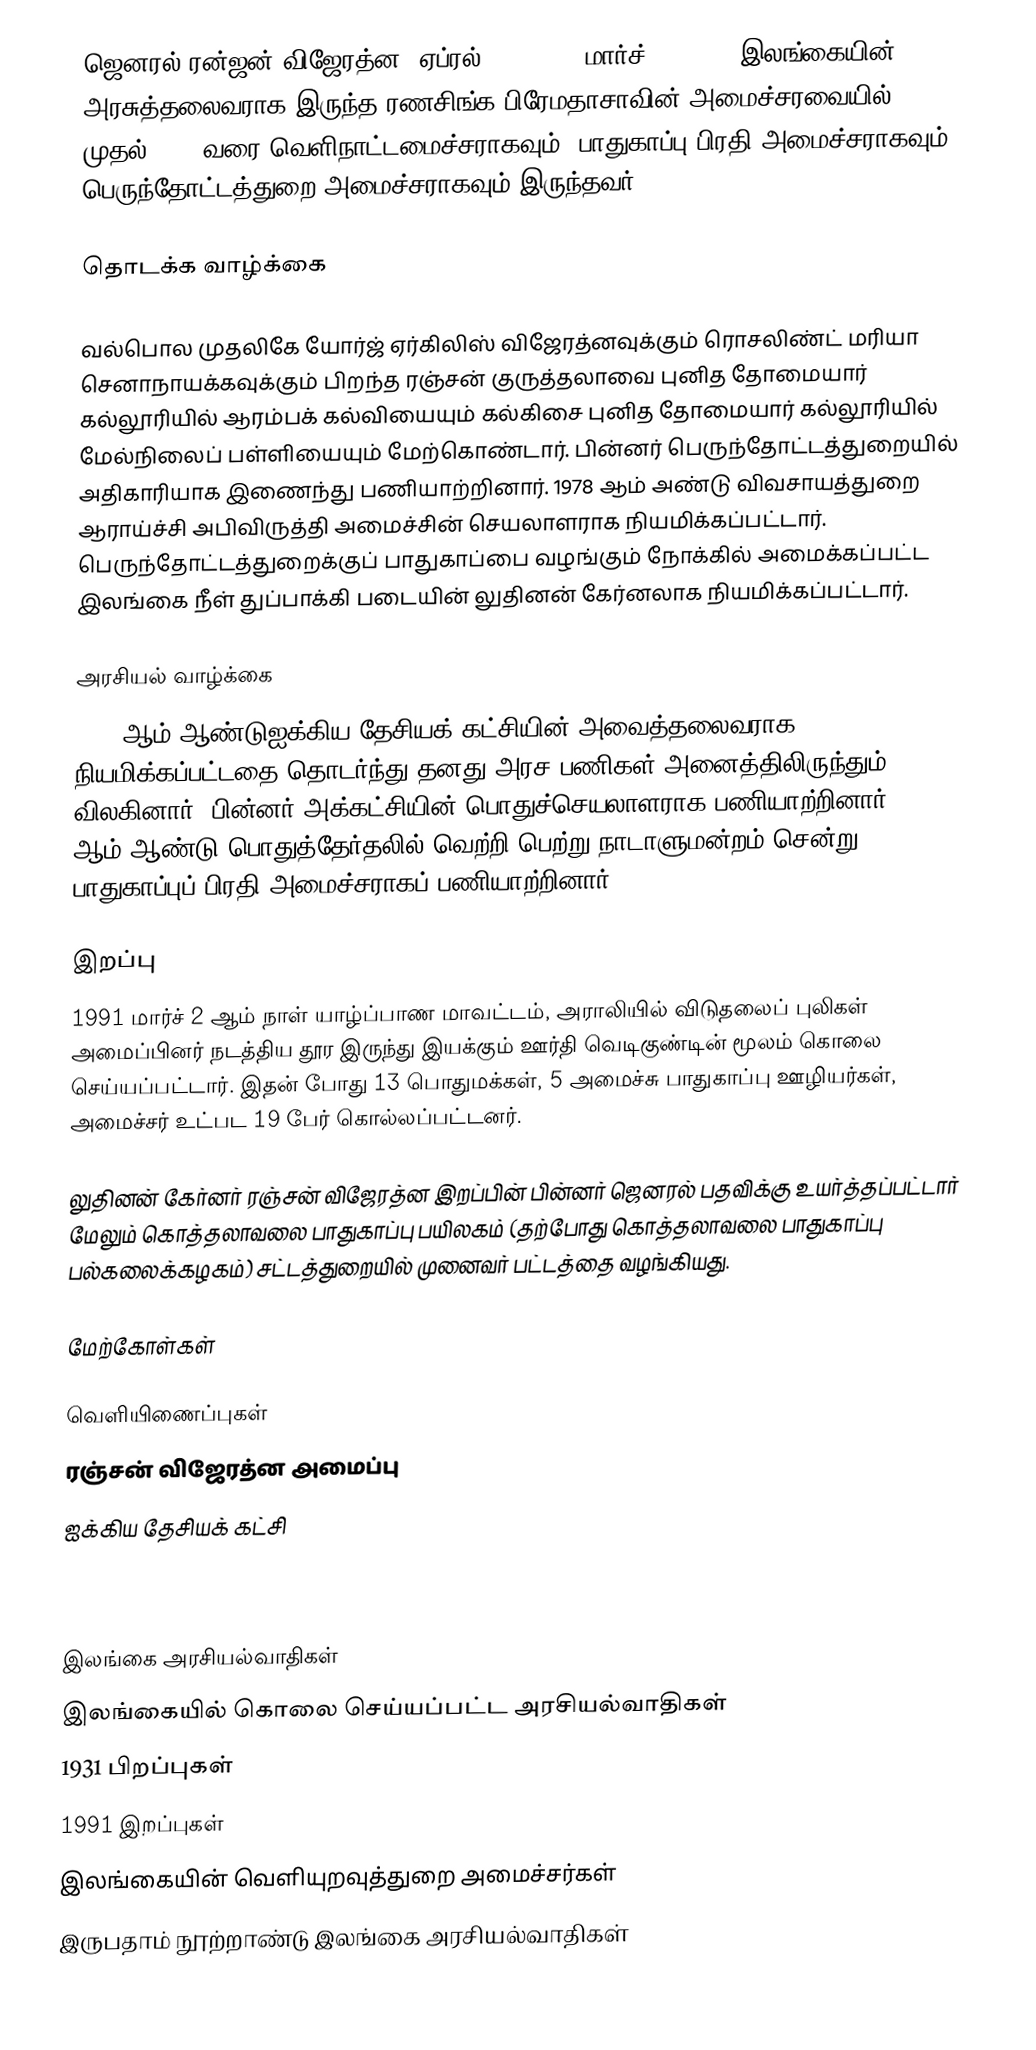
ஜெனரல் ரன்ஜன் விஜேரத்ன (ஏப்ரல் 4, 1931 - மார்ச் 2, 1991) இலங்கையின் அரசுத்தலைவராக இருந்த ரணசிங்க பிரேமதாசாவின் அமைச்சரவையில் 1989 முதல் 1991 வரை வெளிநாட்டமைச்சராகவும், பாதுகாப்பு பிரதி அமைச்சராகவும் பெருந்தோட்டத்துறை அமைச்சராகவும் இருந்தவர்.

தொடக்க வாழ்க்கை

வல்பொல முதலிகே யோர்ஜ் ஏர்கிலிஸ் விஜேரத்னவுக்கும் ரொசலிண்ட் மரியா செனாநாயக்கவுக்கும் பிறந்த ரஞ்சன் குருத்தலாவை புனித தோமையார் கல்லூரியில் ஆரம்பக் கல்வியையும் கல்கிசை புனித தோமையார் கல்லூரியில் மேல்நிலைப் பள்ளியையும் மேற்கொண்டார். பின்னர் பெருந்தோட்டத்துறையில் அதிகாரியாக இணைந்து பணியாற்றினார். 1978 ஆம் அண்டு விவசாயத்துறை ஆராய்ச்சி அபிவிருத்தி அமைச்சின் செயலாளராக நியமிக்கப்பட்டார். பெருந்தோட்டத்துறைக்குப் பாதுகாப்பை வழங்கும் நோக்கில் அமைக்கப்பட்ட இலங்கை நீள் துப்பாக்கி படையின் லுதினன் கேர்னலாக நியமிக்கப்பட்டார்.

அரசியல் வாழ்க்கை
1988 ஆம் ஆண்டுஐக்கிய தேசியக் கட்சியின் அவைத்தலைவராக நியமிக்கப்பட்டதை தொடர்ந்து தனது அரச பணிகள் அனைத்திலிருந்தும் விலகினார். பின்னர் அக்கட்சியின் பொதுச்செயலாளராக பணியாற்றினார். 1989 ஆம் ஆண்டு பொதுத்தேர்தலில் வெற்றி பெற்று நாடாளுமன்றம் சென்று பாதுகாப்புப் பிரதி அமைச்சராகப் பணியாற்றினார்.

இறப்பு
1991 மார்ச் 2 ஆம் நாள் யாழ்ப்பாண மாவட்டம், அராலியில் விடுதலைப் புலிகள் அமைப்பினர் நடத்திய தூர இருந்து இயக்கும் ஊர்தி வெடிகுண்டின் மூலம் கொலை செய்யப்பட்டார். இதன் போது 13 பொதுமக்கள், 5 அமைச்சு பாதுகாப்பு ஊழியர்கள், அமைச்சர் உட்பட 19 பேர் கொல்லப்பட்டனர்.

லுதினன் கேர்னர் ரஞ்சன் விஜேரத்ன இறப்பின் பின்னர் ஜெனரல் பதவிக்கு உயர்த்தப்பட்டார் மேலும் கொத்தலாவலை பாதுகாப்பு பயிலகம் (தற்போது கொத்தலாவலை பாதுகாப்பு பல்கலைக்கழகம்) சட்டத்துறையில் முனைவர் பட்டத்தை வழங்கியது.

மேற்கோள்கள்

வெளியிணைப்புகள்
 ரஞ்சன் விஜேரத்ன அமைப்பு
 ஐக்கிய தேசியக் கட்சி

இலங்கை அரசியல்வாதிகள்
இலங்கையில் கொலை செய்யப்பட்ட அரசியல்வாதிகள்
1931 பிறப்புகள்
1991 இறப்புகள்
இலங்கையின் வெளியுறவுத்துறை அமைச்சர்கள்
இருபதாம் நூற்றாண்டு இலங்கை அரசியல்வாதிகள்